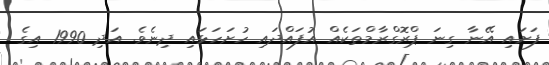
ފަށައި އޭނާ ގިނަ ޕްރޮގްރާމްތަކެއް އުފައްދައި ހުށަހަޅައި ދިނެވެ. އަދި 1990 އިގެ